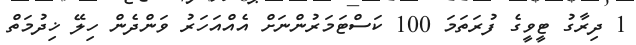
1 ދިރާގު ޓީވީގެ ފުރަތަމަ 100 ކަސްޓަމަރުންނަށް އެއްއަހަރު ވަންދެން ހިލޭ ޚިދުމަތް